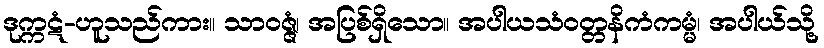
ဒုက္ကဋံ-ဟူသည်ကား။ သာဝဇ္ဇံ၊ အပြစ်ရှိသော။ အပါယသံဝတ္တနိကံကမ္မံ၊ အပါယ်သို့